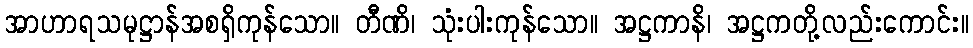
အာဟာရသမုဋ္ဌာန်အစရှိကုန်သော။ တီဏိ၊ သုံးပါးကုန်သော။ အဋ္ဌကာနိ၊ အဋ္ဌကတို့လည်းကောင်း။